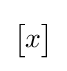
{\begin{bmatrix}x\\\end{bmatrix}}